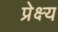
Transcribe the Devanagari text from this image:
प्रेक्ष्य